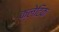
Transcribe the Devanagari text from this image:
क्लेटिक